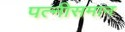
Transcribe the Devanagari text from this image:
पत्नीसमान